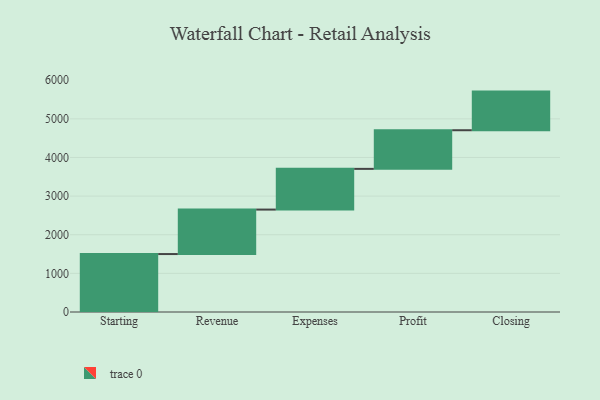
{"axis": {"x": "Step", "y": "Value"}, "legend": [""], "data": [{"x": "Starting", "y": 1500.0, "type": ""}, {"x": "Revenue", "y": 1151.0, "type": ""}, {"x": "Expenses", "y": 1054.0, "type": ""}, {"x": "Profit", "y": 1000, "type": ""}, {"x": "Closing", "y": 1000, "type": ""}]}